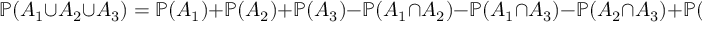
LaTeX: \mathbb { P } ( A _ { 1 } \cup A _ { 2 } \cup A _ { 3 } ) = \mathbb { P } ( A _ { 1 } ) + \mathbb { P } ( A _ { 2 } ) + \mathbb { P } ( A _ { 3 } ) - \mathbb { P } ( A _ { 1 } \cap A _ { 2 } ) - \mathbb { P } ( A _ { 1 } \cap A _ { 3 } ) - \mathbb { P } ( A _ { 2 } \cap A _ { 3 } ) + \mathbb { P } ( A _ { 1 } \cap A _ { 2 } \cap A _ { 3 } )